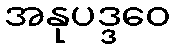
အနုပဒ္ဒဝေ